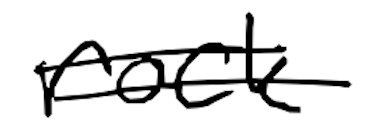
Text: rock
Cross-out: double-line
Writing tool: digital_black